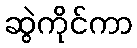
ဆွဲကိုင်ကာ